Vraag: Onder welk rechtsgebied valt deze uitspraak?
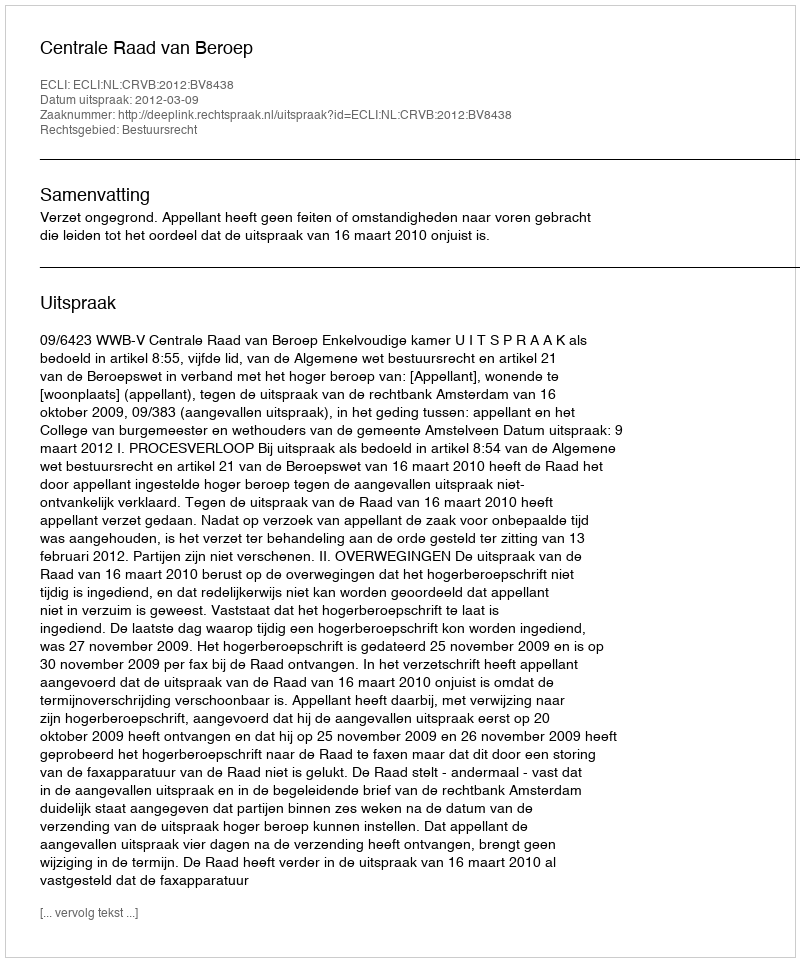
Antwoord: Bestuursrecht